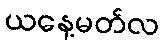
ယနေ့မတ်လ